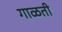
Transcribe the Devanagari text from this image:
गाळती